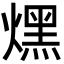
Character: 㷵